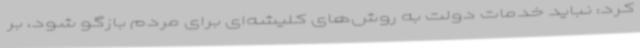
کرد: نباید خدمات دولت به روش‌های کلیشه‌ای برای مردم بازگو شود، بر